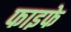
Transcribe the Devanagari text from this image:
फाइफे